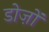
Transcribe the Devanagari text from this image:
डोज़ों